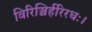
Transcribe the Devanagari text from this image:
विरिञ्चिर्हरिरधः।